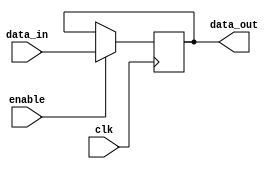
module accumulator(output reg [7:0] data_out, //first input to ALU
                   input [7:0]      data_in, //from instruction[4:0] or RF
                   input            enable, //AccWE from control
                   input            clk
                  );

    reg [7:0] acc;

    always @ (data_in or enable or clk) begin
        data_out = acc;
    end

    always @ (negedge clk) begin
        if (enable) begin
            acc = data_in; //write on negative edge
        end
    end
endmodule

/*module test;
    reg [7:0]  stuff_in;
    wire [7:0] stuff_out;
    reg [7:0]  addr;
    reg        clk, enable;

    shiftregs rFile(stuff_out, addr, stuff_in, enable, clk);

    initial begin
        clk = 0;
        enable = 0;
        addr = 5'b00010;
        $monitor("%b, %d, %b, %b: time: %d",clk, addr, stuff_in, stuff_out, $time);
        #10 enable = 1;
        stuff_in = 8'b1111111;
        #15 enable= 0;

        #20 addr = 5'b00000;

    end

    always
        #1 clk = !clk;

    initial
        #100  $finish;

endmodule*/